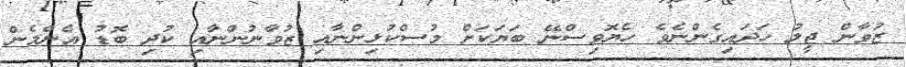
ޒުވާން ޖީލު ހަދައިގެންނެވެ ހެޔޮވިސްނޭ ބަޔަކަށް މުސްކުޅިންނާއި ޒުވާނުންނާއި ކުދި ބޮޑު އެންމެން